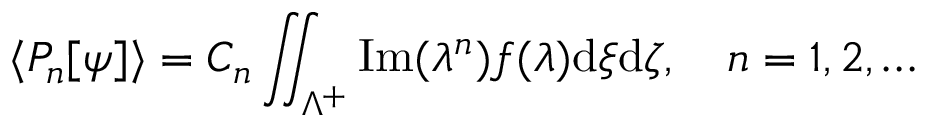
\langle P _ { n } [ \psi ] \rangle = C _ { n } \iint _ { \Lambda ^ { + } } \mathrm { I m } ( \lambda ^ { n } ) f ( \lambda ) \mathrm { d } \xi \mathrm { d } \zeta , \quad n = 1 , 2 , \dots